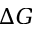
\Delta G